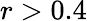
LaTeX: r>0.4